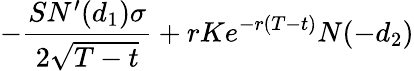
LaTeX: -{\frac{SN^{\prime}(d_{1})\sigma}{2{\sqrt{T-t}}}}+rKe^{-r(T-t)}N(-d_{2})